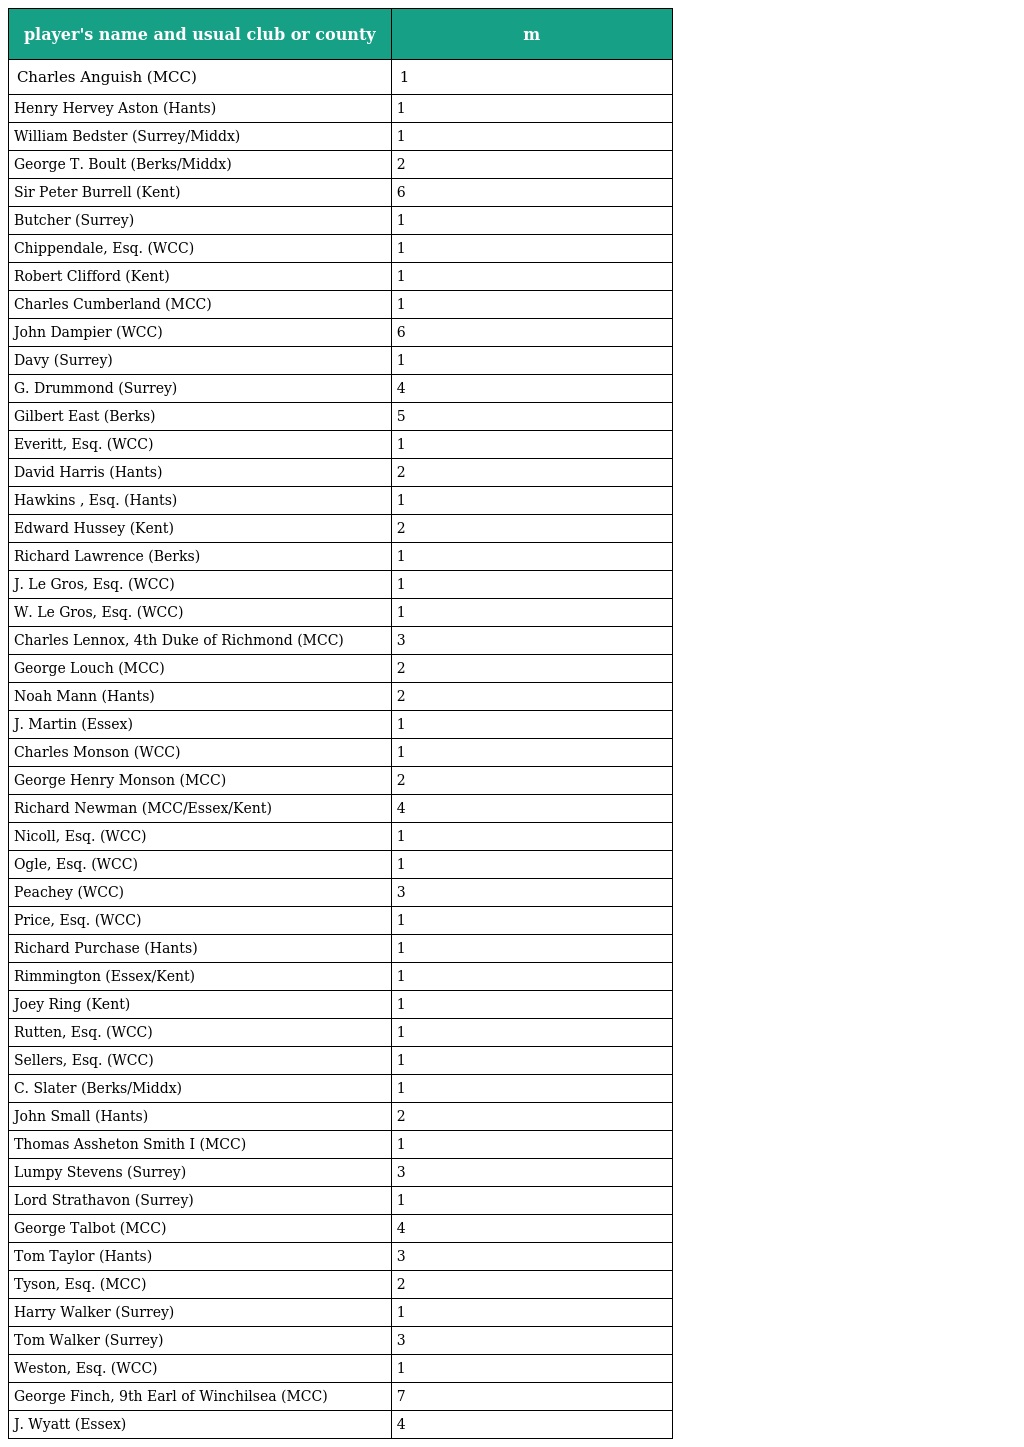
| player's name and usual club or county | m |
 | --- | --- |
 | Charles Anguish (MCC) | 1 |
 | Henry Hervey Aston (Hants) | 1 |
 | William Bedster (Surrey/Middx) | 1 |
 | George T. Boult (Berks/Middx) | 2 |
 | Sir Peter Burrell (Kent) | 6 |
 | Butcher (Surrey) | 1 |
 | Chippendale, Esq. (WCC) | 1 |
 | Robert Clifford (Kent) | 1 |
 | Charles Cumberland (MCC) | 1 |
 | John Dampier (WCC) | 6 |
 | Davy (Surrey) | 1 |
 | G. Drummond (Surrey) | 4 |
 | Gilbert East (Berks) | 5 |
 | Everitt, Esq. (WCC) | 1 |
 | David Harris (Hants) | 2 |
 | Hawkins , Esq. (Hants) | 1 |
 | Edward Hussey (Kent) | 2 |
 | Richard Lawrence (Berks) | 1 |
 | J. Le Gros, Esq. (WCC) | 1 |
 | W. Le Gros, Esq. (WCC) | 1 |
 | Charles Lennox, 4th Duke of Richmond (MCC) | 3 |
 | George Louch (MCC) | 2 |
 | Noah Mann (Hants) | 2 |
 | J. Martin (Essex) | 1 |
 | Charles Monson (WCC) | 1 |
 | George Henry Monson (MCC) | 2 |
 | Richard Newman (MCC/Essex/Kent) | 4 |
 | Nicoll, Esq. (WCC) | 1 |
 | Ogle, Esq. (WCC) | 1 |
 | Peachey (WCC) | 3 |
 | Price, Esq. (WCC) | 1 |
 | Richard Purchase (Hants) | 1 |
 | Rimmington (Essex/Kent) | 1 |
 | Joey Ring (Kent) | 1 |
 | Rutten, Esq. (WCC) | 1 |
 | Sellers, Esq. (WCC) | 1 |
 | C. Slater (Berks/Middx) | 1 |
 | John Small (Hants) | 2 |
 | Thomas Assheton Smith I (MCC) | 1 |
 | Lumpy Stevens (Surrey) | 3 |
 | Lord Strathavon (Surrey) | 1 |
 | George Talbot (MCC) | 4 |
 | Tom Taylor (Hants) | 3 |
 | Tyson, Esq. (MCC) | 2 |
 | Harry Walker (Surrey) | 1 |
 | Tom Walker (Surrey) | 3 |
 | Weston, Esq. (WCC) | 1 |
 | George Finch, 9th Earl of Winchilsea (MCC) | 7 |
 | J. Wyatt (Essex) | 4 |